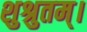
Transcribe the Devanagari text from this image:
शुश्रुतम्।